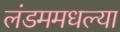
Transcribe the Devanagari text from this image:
लंडममधल्या